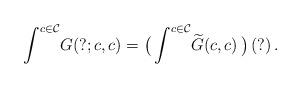
LaTeX: \begin{align*} \int^{c\in\mathcal C}\! G(?;c,c) = \big( \int^{c\in\mathcal C}\! \widetilde G(c,c)\, \big)\, (?) \,. \end{align*}